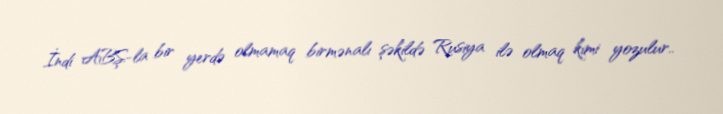
İndi ABŞ-la bir yerdə olmamaq birmənalı şəkildə Rusiya ilə olmaq kimi yozulur..